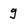
Character: g